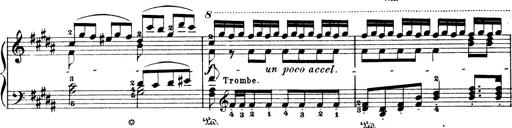
Title: Wagner-Liszt Album
Composer: Franz Liszt